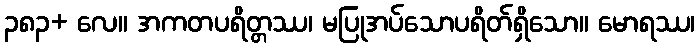
၃၈၃+ လေ။ အကတပရိတ္တဿ၊ မပြုအပ်သောပရိတ်ရှိသော။ မောရဿ၊